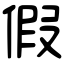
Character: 假